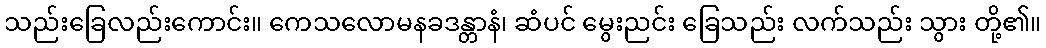
သည်းခြေလည်းကောင်း။ ကေသလောမနခဒန္တာနံ၊ ဆံပင် မွေးညင်း ခြေသည်း လက်သည်း သွား တို့၏။